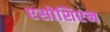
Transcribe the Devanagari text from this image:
एसोशिएन